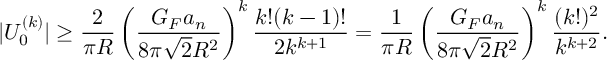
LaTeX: | U _ { 0 } ^ { ( k ) } | \geq \frac { 2 } { \pi R } \left( \frac { G _ { F } a _ { n } } { 8 \pi \sqrt { 2 } R ^ { 2 } } \right) ^ { k } \frac { k ! ( k - 1 ) ! } { 2 k ^ { k + 1 } } = \frac { 1 } { \pi R } \left( \frac { G _ { F } a _ { n } } { 8 \pi \sqrt { 2 } R ^ { 2 } } \right) ^ { k } \frac { ( k ! ) ^ { 2 } } { k ^ { k + 2 } } .